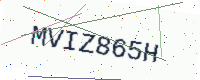
Text: MVIZ865H